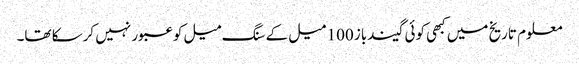
معلوم تاریخ میں کبھی کوئی گیندباز 100 میل کے سنگ میل کو عبور نہیں کرسکا تھا۔